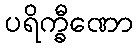
ပရိက္ခီဏော